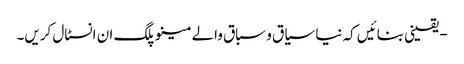
- یقینی بنائیں کہ نیا سیاق و سباق والے مینو پلگ ان انسٹال کریں۔